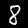
Label: 8